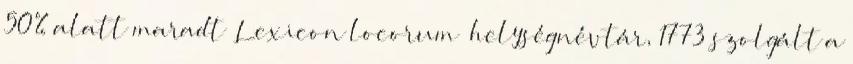
50% alatt maradt „Lexicon locorum” helységnévtár, 1773 szolgált a